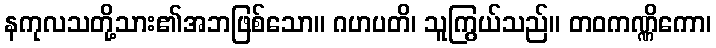
နကုလသတို့သား၏အဘဖြစ်သော။ ဂဟပတိ၊ သူကြွယ်သည်။ တဝကဏ္ဏိကော၊